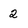
Character: 2